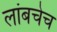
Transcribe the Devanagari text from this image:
लांबचेच